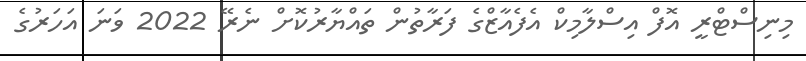
މިނިސްޓްރީ އޮފް އިސްލާމިކް އެފެއާޒްގެ ފަރާތުން ތައްޔާރުކޮށް ނެރޭ 2022 ވަނަ އަހަރުގެ